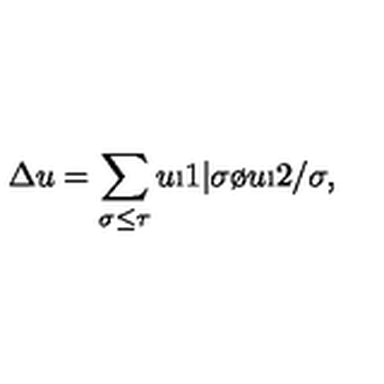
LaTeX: \Delta u = \sum _ { \sigma \leq \tau } u \i 1 | \sigma \o u \i 2 / \sigma ,